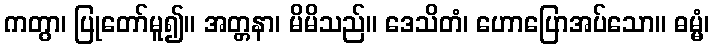
ကတွာ၊ ပြုတော်မူ၍။ အတ္တနာ၊ မိမိသည်။ ဒေသိတံ၊ ဟောပြောအပ်သော။ ဓမ္မံ၊